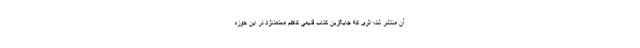
آن منتشر شد؛ اثری که جایگزین کتاب قدیمی کاظم معتمدنژاد در این حوزه